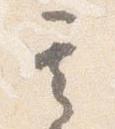
其